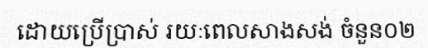
ដោយប្រើប្រាស់ រយៈពេលសាងសង់ ចំនួន០២